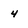
Character: 4